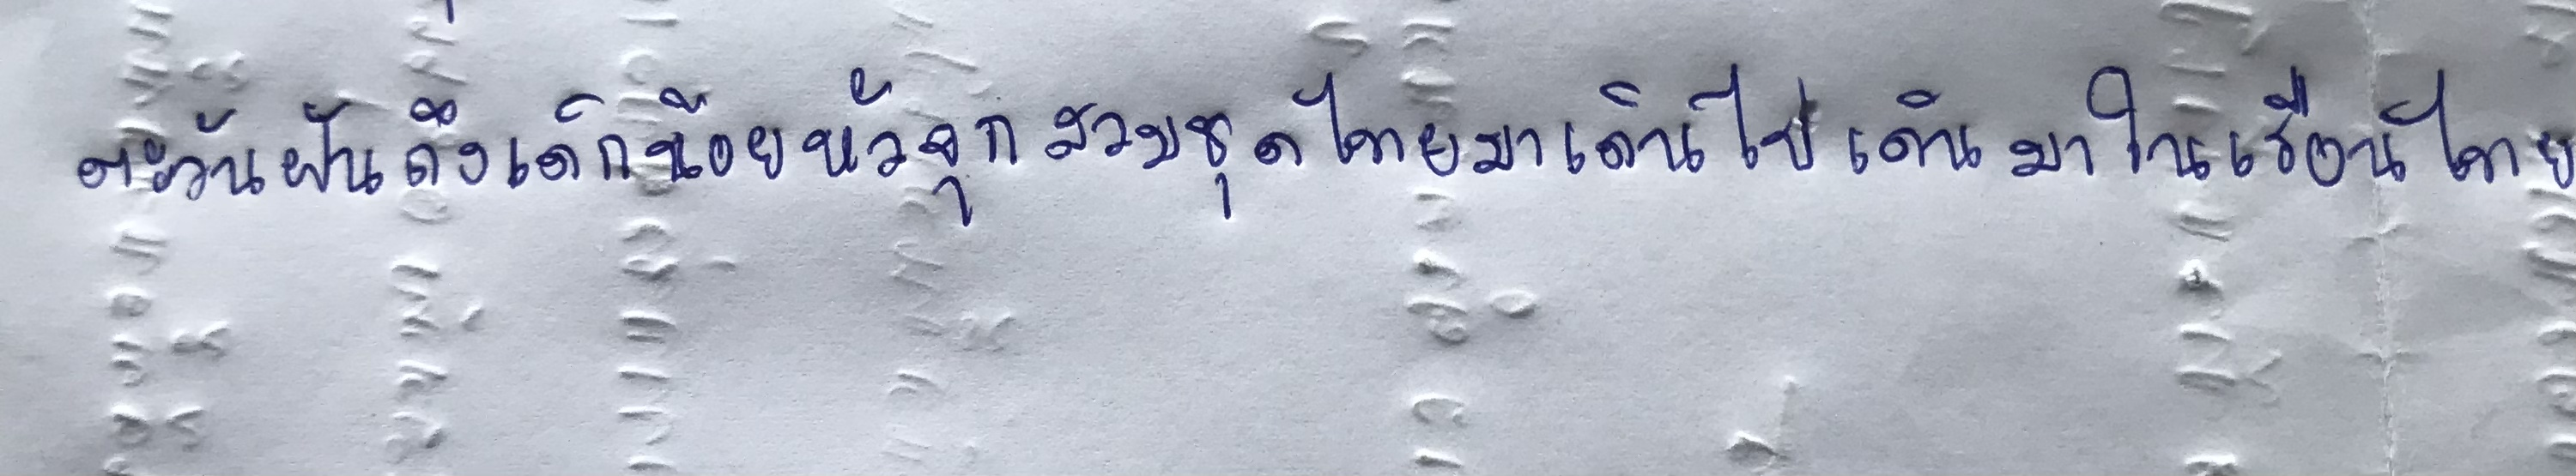
ตะวันฝันถึงเด็กน้อยหัวจุกสวมชุดไทยมาเดินไปเดินมาในเรือนไทย